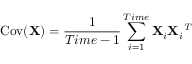
\operatorname { C o v } ( \mathbf { X } ) = \frac { 1 } { T i m e - 1 } \sum _ { i = 1 } ^ { T i m e } \mathbf { X } _ { i } \mathbf { X } _ { i } ^ { \textit { T } }